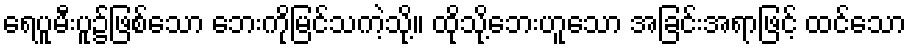
ရေပူမီးပူ၌ဖြစ်သော ဘေးကိုမြင်သကဲ့သို့။ ထိုသို့ဘေးဟူသော အခြင်းအရာဖြင့် ထင်သော